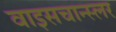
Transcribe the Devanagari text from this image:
वाइसचान्स्लर